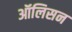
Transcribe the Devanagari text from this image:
ऑलिसन